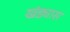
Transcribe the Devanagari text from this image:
खंड्यास